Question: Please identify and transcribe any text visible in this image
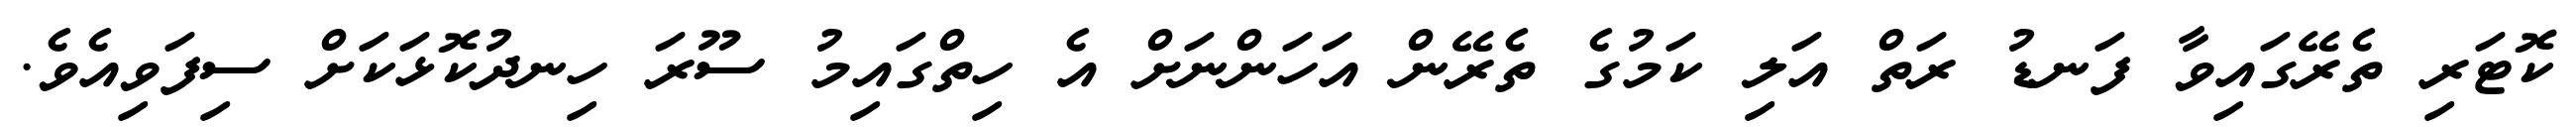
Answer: ކޮޓަރި ތެރޭގައިވާ ފަނޑު ރަތް އަލި ކަމުގެ ތެރޭން އަހަންނަށް އެ ހިތްގައިމު ސޫރަ ހިނދުކޮޅަކަށް ސިފަވިއެވެ.